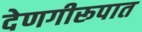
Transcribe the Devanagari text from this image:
देणगीरूपात